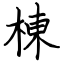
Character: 棟